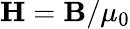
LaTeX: {\mathbf H}={\mathbf B}/\mu_{0}